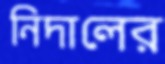
নিদালের